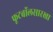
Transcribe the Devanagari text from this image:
फूटबॉलसारखा